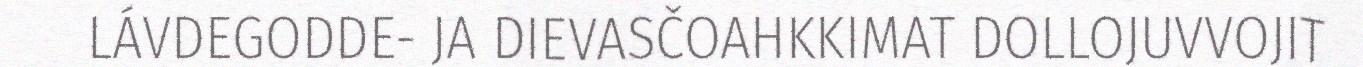
LÁVDEGODDE- JA DIEVASČOAHKKIMAT DOLLOJUVVOJIT